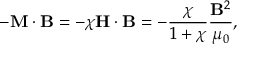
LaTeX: - \mathbf { M } \cdot \mathbf { B } = - \chi \mathbf { H } \cdot \mathbf { B } = - { \frac { \chi } { 1 + \chi } } { \frac { \mathbf { B } ^ { 2 } } { \mu _ { 0 } } } ,